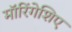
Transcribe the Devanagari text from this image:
मॉरिंगेशिए